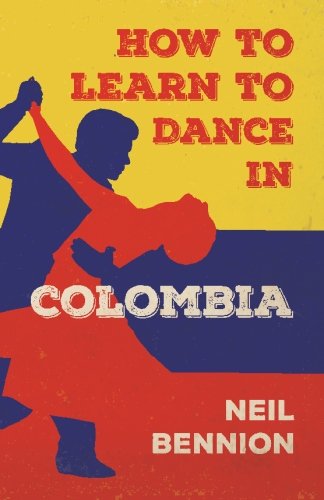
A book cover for How to Learn to Dance in Colombia; Neil Bennion; Travel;